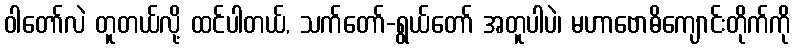
ဝါတော်လဲ တူတယ်လို့ ထင်ပါတယ်, သက်တော်-ရွယ်တော် အတူပါပဲ၊ မဟာဗောဓိကျောင်းတိုက်ကို